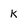
Character: k